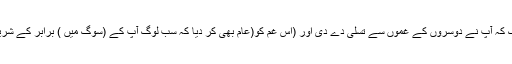
یہاں تک کہ آپ نے دوسروں کے غموں سے تسلی دے دی اور (اس غم کو(عام بھی کر دیا کہ سب لوگ آپ کے (سوگ میں ) برابر کے شریک ہیں۔